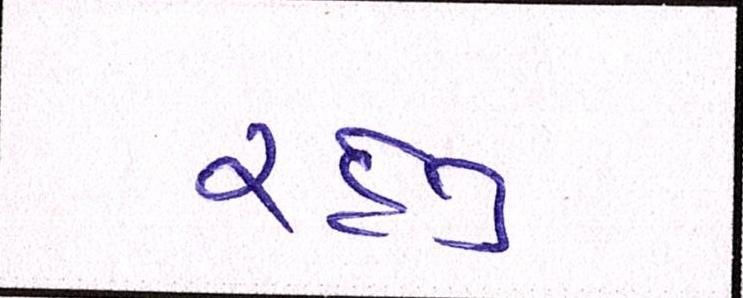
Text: રહેતું